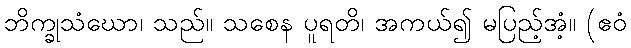
ဘိက္ခုသံဃော၊ သည်။ သစေန ပူရတိ၊ အကယ်၍ မပြည့်အံ့။ (ဧဝံ